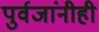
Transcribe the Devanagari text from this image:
पुर्वजांनीही